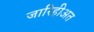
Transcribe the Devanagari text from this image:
जारिहीअत